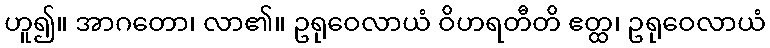
ဟူ၍။ အာဂတော၊ လာ၏။ ဥရုဝေလာယံ ဝိဟရတီတိ ဧတ္ထ၊ ဥရုဝေလာယံ